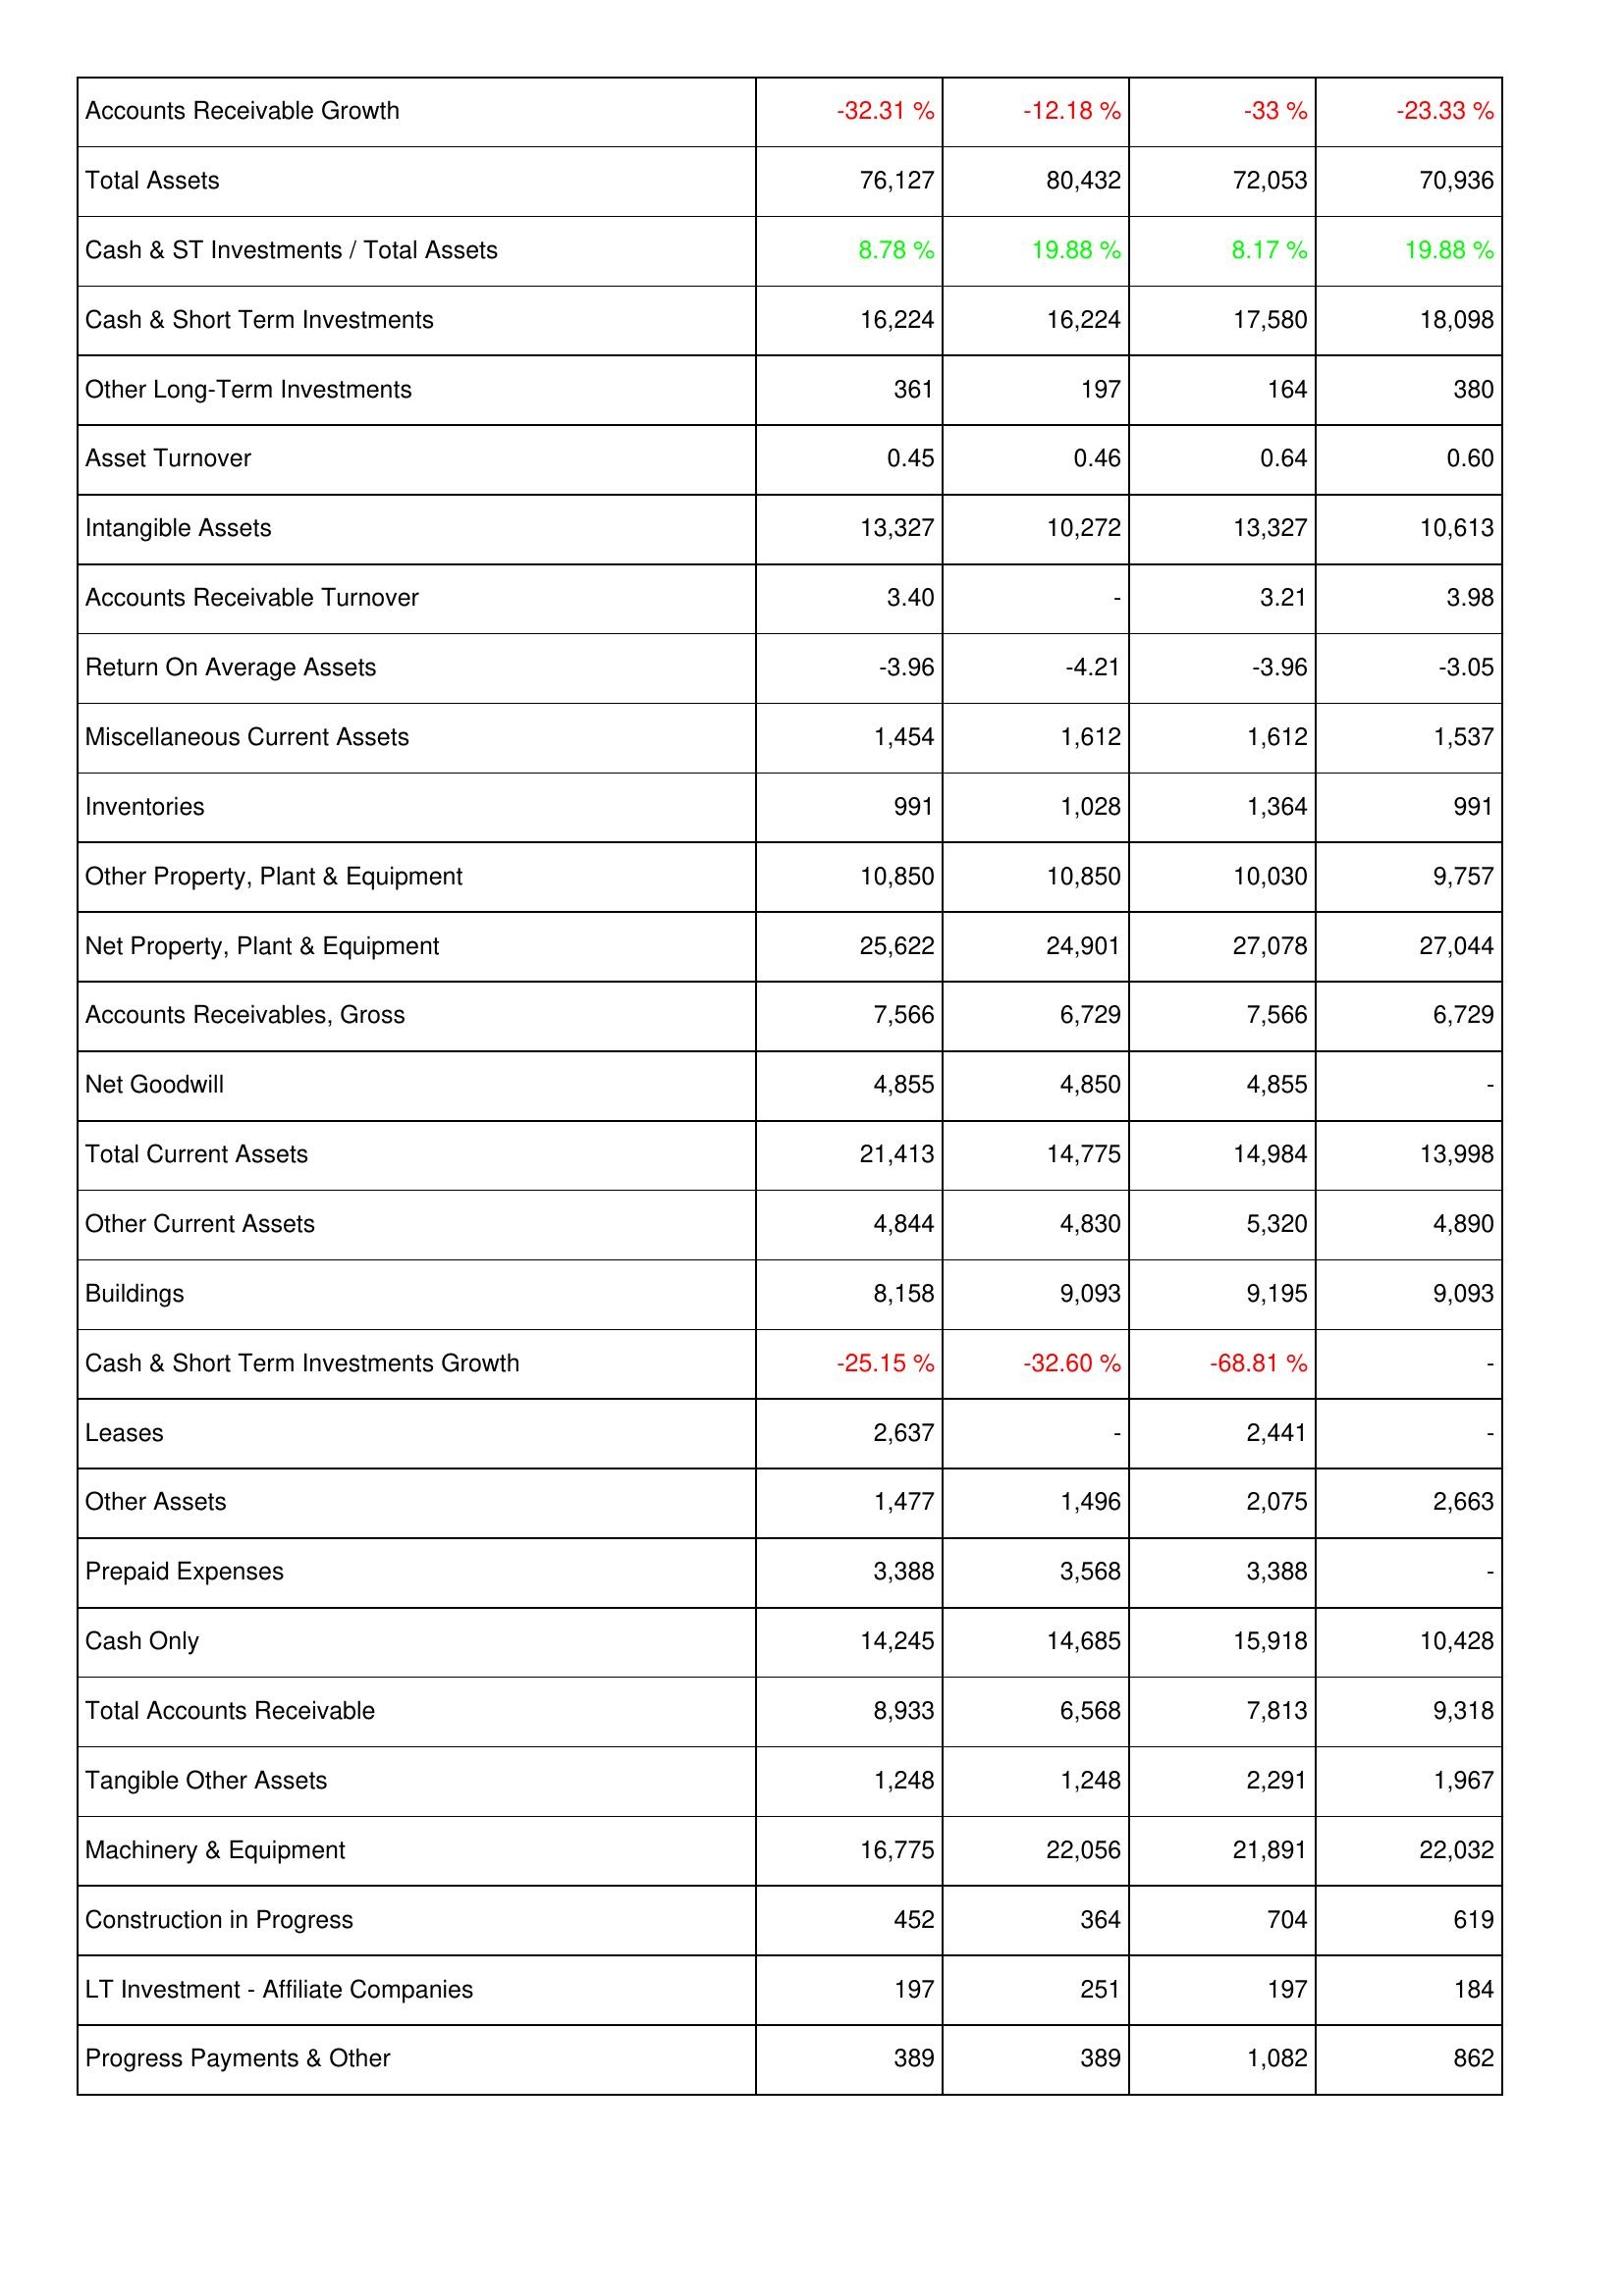
2017: Assets: Accounts Receivable Growth: -32.31 %
Total Assets: 76,127
Cash & ST Investments / Total Assets: 8.78 %
Cash & Short Term Investments: 16,224
Other Long-Term Investments: 361
Asset Turnover: 0.45
Intangible Assets: 13,327
Accounts Receivable Turnover: 3.40
Return On Average Assets: -3.96
Miscellaneous Current Assets: 1,454
Inventories: 991
Other Property, Plant & Equipment: 10,850
Net Property, Plant & Equipment: 25,622
Accounts Receivables, Gross: 7,566
Net Goodwill: 4,855
Total Current Assets: 21,413
Other Current Assets: 4,844
Buildings: 8,158
Cash & Short Term Investments Growth: -25.15 %
Leases: 2,637
Other Assets: 1,477
Prepaid Expenses: 3,388
Cash Only: 14,245
Total Accounts Receivable: 8,933
Tangible Other Assets: 1,248
Machinery & Equipment: 16,775
Construction in Progress: 452
LT Investment - Affiliate Companies: 197
Progress Payments & Other: 389
2016: Assets: Accounts Receivable Growth: -12.18 %
Total Assets: 80,432
Cash & ST Investments / Total Assets: 19.88 %
Cash & Short Term Investments: 16,224
Other Long-Term Investments: 197
Asset Turnover: 0.46
Intangible Assets: 10,272
Accounts Receivable Turnover: -
Return On Average Assets: -4.21
Miscellaneous Current Assets: 1,612
Inventories: 1,028
Other Property, Plant & Equipment: 10,850
Net Property, Plant & Equipment: 24,901
Accounts Receivables, Gross: 6,729
Net Goodwill: 4,850
Total Current Assets: 14,775
Other Current Assets: 4,830
Buildings: 9,093
Cash & Short Term Investments Growth: -32.60 %
Leases: -
Other Assets: 1,496
Prepaid Expenses: 3,568
Cash Only: 14,685
Total Accounts Receivable: 6,568
Tangible Other Assets: 1,248
Machinery & Equipment: 22,056
Construction in Progress: 364
LT Investment - Affiliate Companies: 251
Progress Payments & Other: 389
2015: Assets: Accounts Receivable Growth: -33 %
Total Assets: 72,053
Cash & ST Investments / Total Assets: 8.17 %
Cash & Short Term Investments: 17,580
Other Long-Term Investments: 164
Asset Turnover: 0.64
Intangible Assets: 13,327
Accounts Receivable Turnover: 3.21
Return On Average Assets: -3.96
Miscellaneous Current Assets: 1,612
Inventories: 1,364
Other Property, Plant & Equipment: 10,030
Net Property, Plant & Equipment: 27,078
Accounts Receivables, Gross: 7,566
Net Goodwill: 4,855
Total Current Assets: 14,984
Other Current Assets: 5,320
Buildings: 9,195
Cash & Short Term Investments Growth: -68.81 %
Leases: 2,441
Other Assets: 2,075
Prepaid Expenses: 3,388
Cash Only: 15,918
Total Accounts Receivable: 7,813
Tangible Other Assets: 2,291
Machinery & Equipment: 21,891
Construction in Progress: 704
LT Investment - Affiliate Companies: 197
Progress Payments & Other: 1,082
2014: Assets: Accounts Receivable Growth: -23.33 %
Total Assets: 70,936
Cash & ST Investments / Total Assets: 19.88 %
Cash & Short Term Investments: 18,098
Other Long-Term Investments: 380
Asset Turnover: 0.60
Intangible Assets: 10,613
Accounts Receivable Turnover: 3.98
Return On Average Assets: -3.05
Miscellaneous Current Assets: 1,537
Inventories: 991
Other Property, Plant & Equipment: 9,757
Net Property, Plant & Equipment: 27,044
Accounts Receivables, Gross: 6,729
Net Goodwill: -
Total Current Assets: 13,998
Other Current Assets: 4,890
Buildings: 9,093
Cash & Short Term Investments Growth: -
Leases: -
Other Assets: 2,663
Prepaid Expenses: -
Cash Only: 10,428
Total Accounts Receivable: 9,318
Tangible Other Assets: 1,967
Machinery & Equipment: 22,032
Construction in Progress: 619
LT Investment - Affiliate Companies: 184
Progress Payments & Other: 862